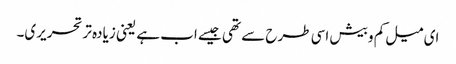
ای میل کم و بیش اسی طرح سے تھی جیسے اب ہے یعنی زیادہ تر تحریری۔